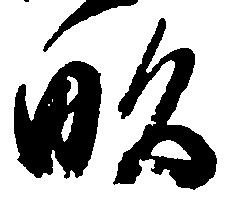
畝